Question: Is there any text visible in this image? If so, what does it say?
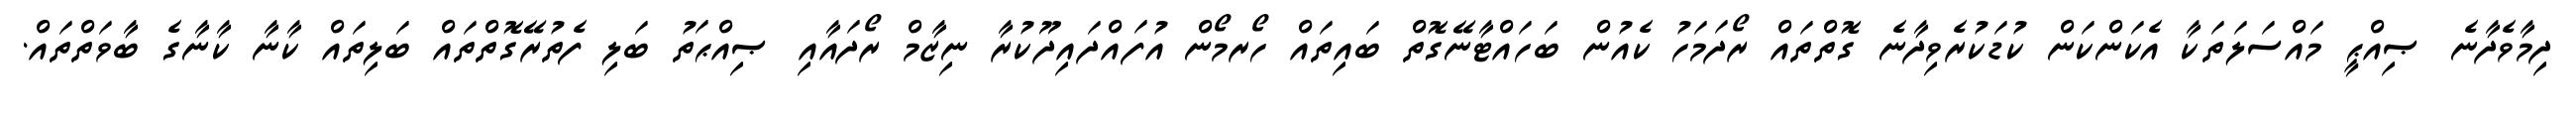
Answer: ދިމާވެދާނެ ޞިއްޙީ މައްސަލަތަކާ އެކަންކަން ކުޑަކުރެވިދާނެ ގޮތްތައް ރޯދަމަހު ކެއުން ބަހައްޓާނޭގޮތް ބައިތައް ހޯރމޯން އުފައްދައިދޫކުރާ ނިޒާމް ރޯދައާއި ޞިއްޙަތު ބަލި ފެތުރޭގޮތްތައް ބަލިތައް ކާނާ ކާނާގެ ބާވަތްތައް.